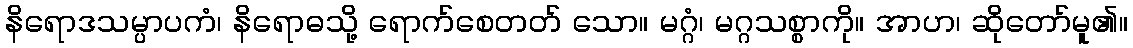
နိရောဒသမ္ပာပကံ၊ နိရောဓသို့ ရောက်စေတတ် သော။ မဂ္ဂံ၊ မဂ္ဂသစ္စာကို။ အာဟ၊ ဆိုတော်မူ၏။